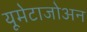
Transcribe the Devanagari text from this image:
यूमेटाजोअन